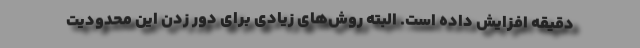
دقیقه افزایش داده است. البته روش‌های زیادی برای دور زدن این محدودیت